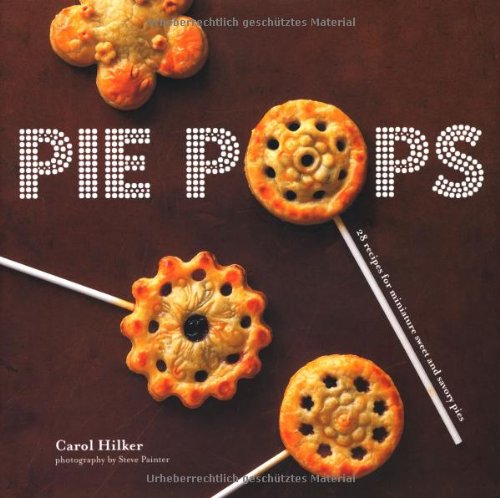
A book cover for Pie Pops; Carol Hilker; Cookbooks, Food & Wine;